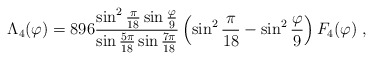
\begin{align*} \Lambda_4(\varphi)=896{\sin^2{\pi \over 18}\sin{\varphi \over 9} \over \sin{5\pi \over 18}\sin{7\pi \over 18}}\left ( \sin^2{\pi \over 18} - \sin^2{\varphi \over 9} \right )F_4(\varphi)\;,\end{align*}